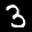
Label: 3